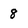
Character: 8